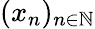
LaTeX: (x_{n})_{n\in\mathbb{N}}